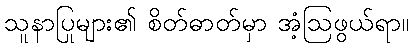
သူနာပြုများ၏ စိတ်ဓာတ်မှာ အံ့ဩဖွယ်ရာ။